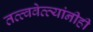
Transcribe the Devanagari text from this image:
तत्त्ववेत्त्यांनीही